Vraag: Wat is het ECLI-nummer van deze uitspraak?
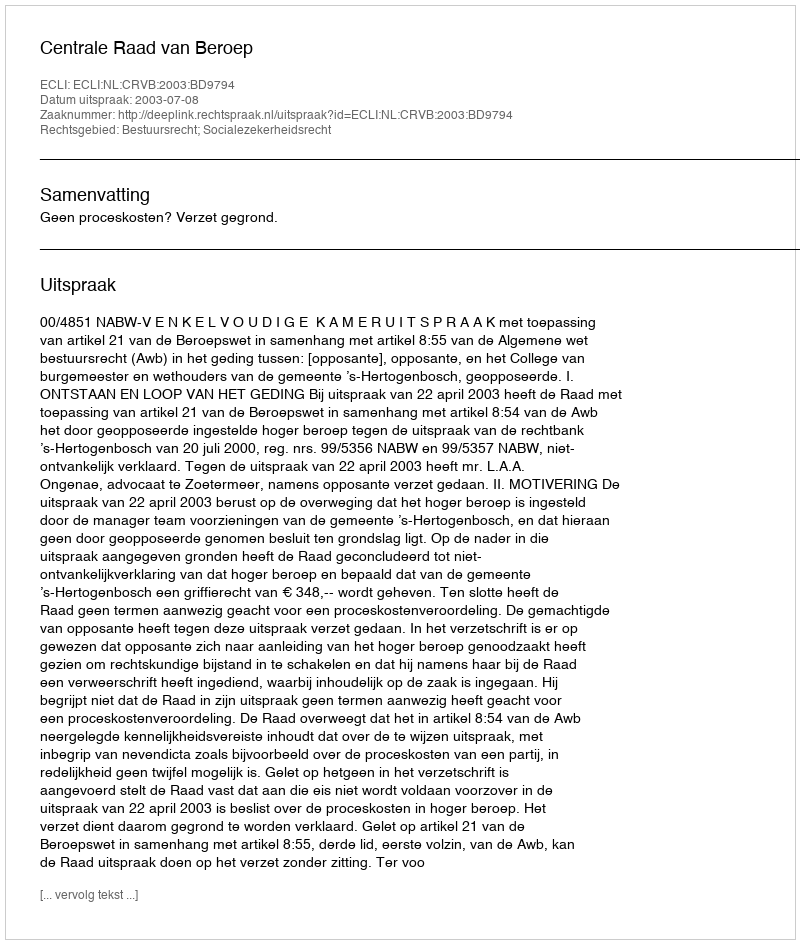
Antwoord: ECLI:NL:CRVB:2003:BD9794